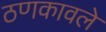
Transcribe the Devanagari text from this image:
ठणकावले